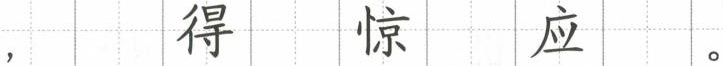
， 得 惊 应 。